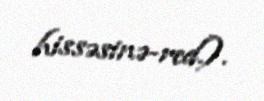
hissəsinə-red.).